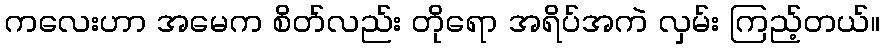
ကလေးဟာ အမေက စိတ်လည်း တိုရော အရိပ်အကဲ လှမ်း ကြည့်တယ်။